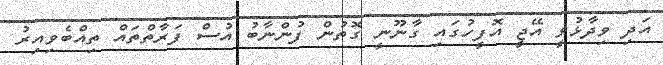
އަދި ވިދާޅުވީ އޭޖީ އޮފީހުގައި ގާނޫނީ ގޮތުން ފުންނާބު އުސް ފަރާތްތައް ތިއްބެވިއިރު